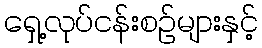
ရှေ့လုပ်ငန်းစဉ်များနှင့်